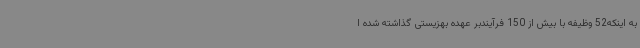
به اینکه52 وظیفه با بیش از 150 فرآیندبر عهده بهزیستی گذاشته شده ا